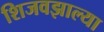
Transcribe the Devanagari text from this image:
शिजवझाल्या